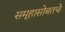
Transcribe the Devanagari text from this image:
समूहासोबतचे